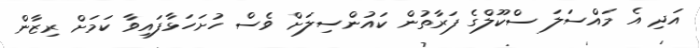
އަދި އެ މައްސަލަ ސްކޫލްގެ ފަރާތުން ކައުންސިލަށް ވެސް ހުށަހަޅާފައިވާ ކަމަށް ރިޒާން